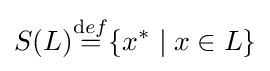
S(L){\stackrel {\mathrm {d} ef}{=}}\{x^{*}\mid x\in L\}